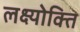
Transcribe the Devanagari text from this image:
लक्ष्योक्ति